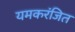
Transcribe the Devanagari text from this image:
यमकरंजित